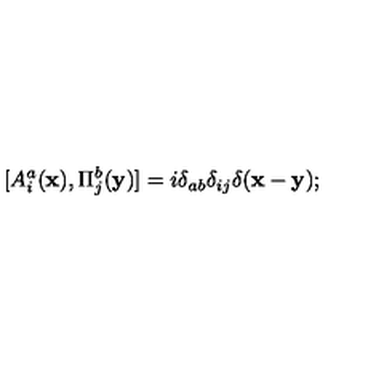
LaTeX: [ A _ { i } ^ { a } ( { \bf x } ) , \Pi _ { j } ^ { b } ( { \bf y } ) ] = i \delta _ { a b } \delta _ { i j } \delta ( { \bf x - y } ) ;